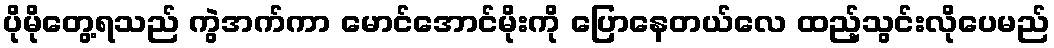
ပိုမိုတွေ့ရသည် ကွဲအက်ကာ မောင်အောင်မိုးကို ပြောနေတယ်လေ ထည့်သွင်းလိုပေမည်